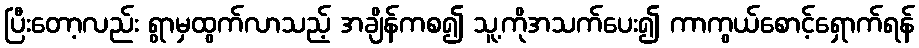
ပြီးတော့လည်း ရွာမှထွက်လာသည့် အချိန်ကစ၍ သူ့ကိုအသက်ပေး၍ ကာကွယ်စောင့်ရှောက်ရန်